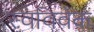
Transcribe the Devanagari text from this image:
स्‍वविवेक